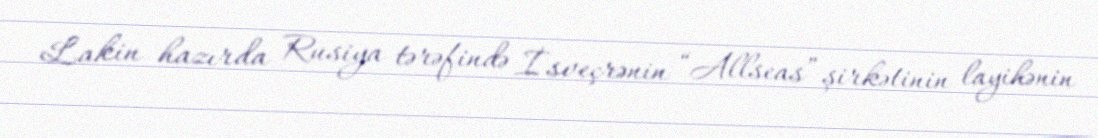
Lakin hazırda Rusiya tərəfində İsveçrənin “Allseas” şirkətinin layihənin